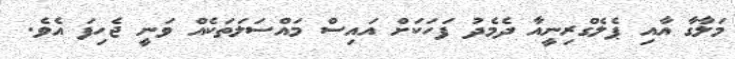
މަލާގާ އާއި ޕެލެގްރިނީއާ ދެމެދު ފަހަކަށް އައިސް މައްސަލަތަކެއް ވަނީ ޖެހިފަ އެވެ.